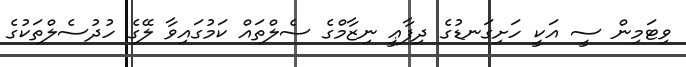
ވިޓަމިން ސީ އަކީ ހަށިގަނޑުގެ ދިފާޢީ ނިޒާމްގެ ސެލްތައް ކަމުގައިވާ ލޭގެ ހުދުސެލްތަކުގެ